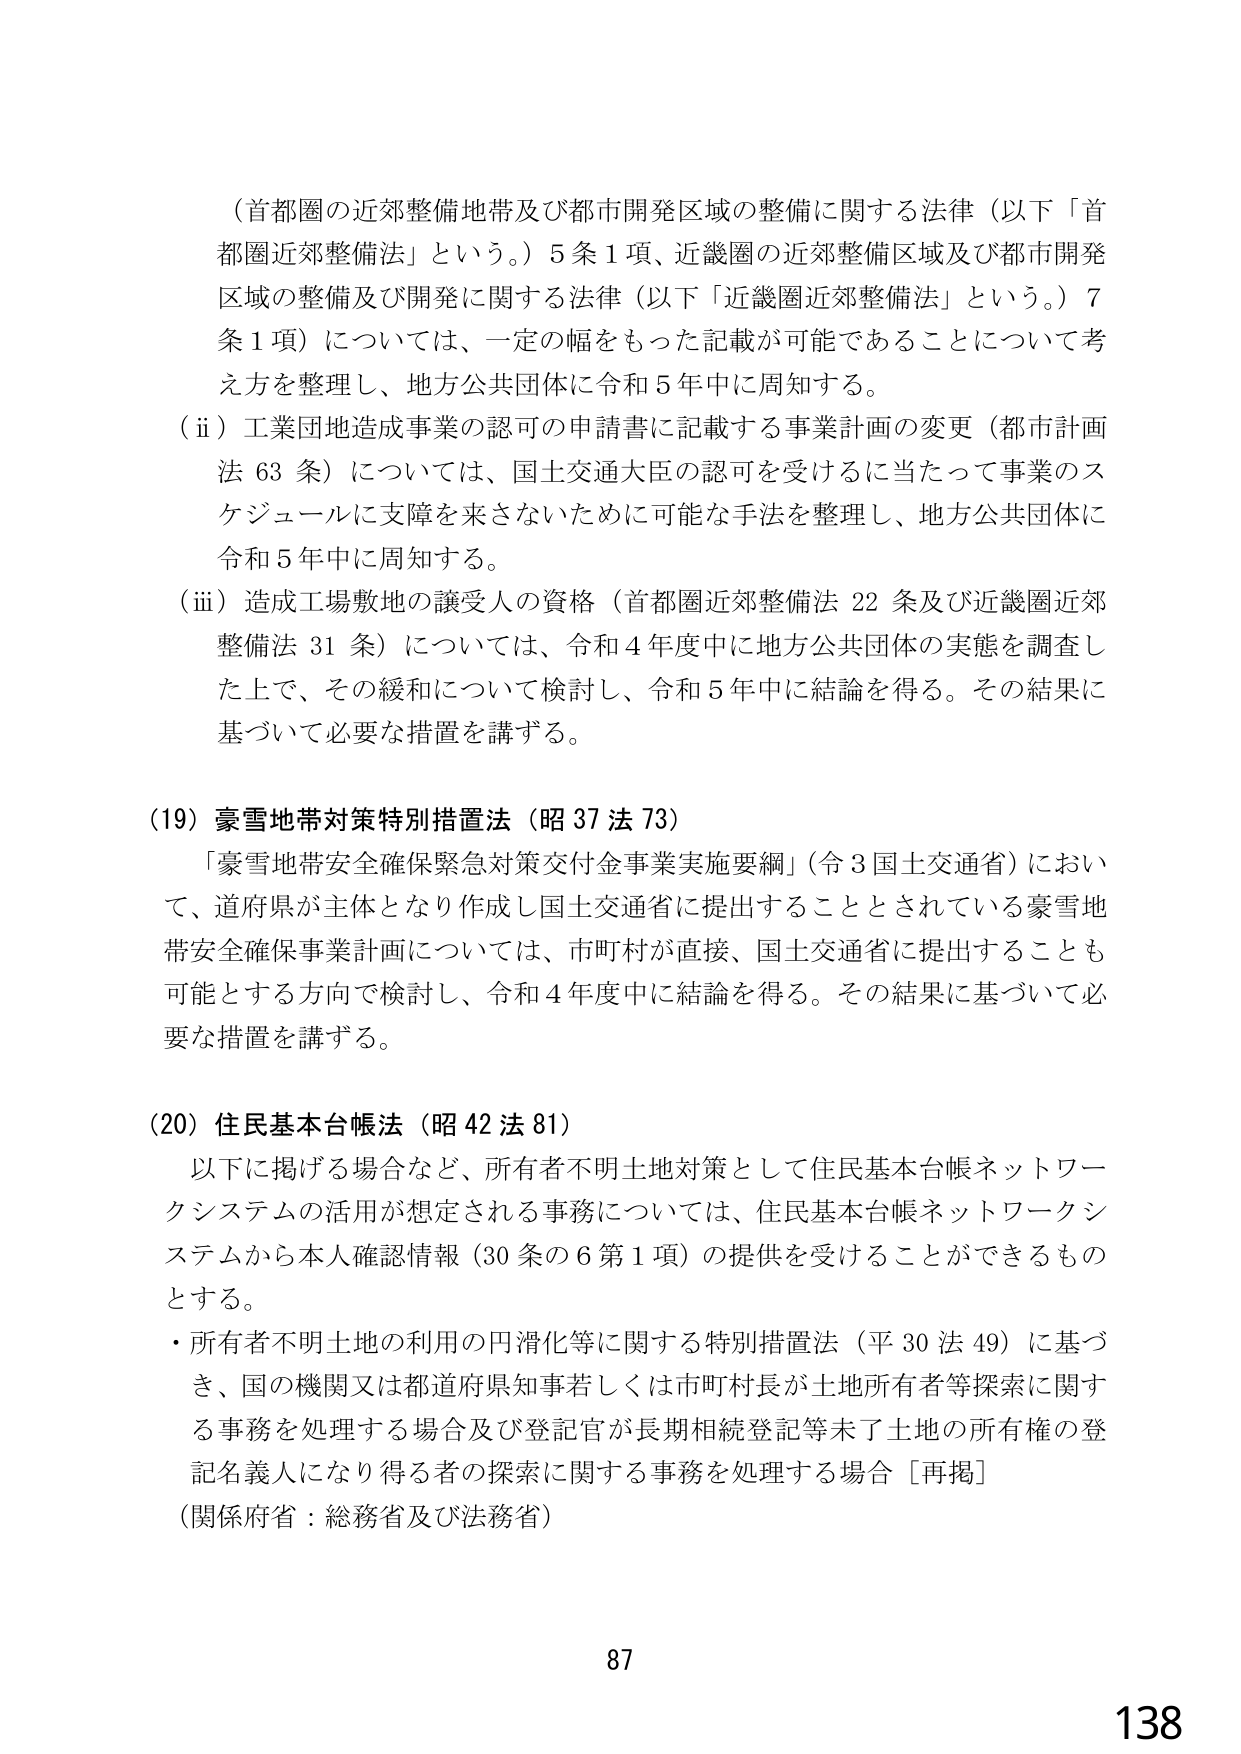
（首都圏の近郊整備地帯及び都市開発区域の整備に関する法律（以下「首都圏近郊整備法」という。）5条1項、近畿圏の近郊整備区域及び都市開発区域の整備及び開発に関する法律（以下「近畿圏近郊整備法」という。）7条1項）については、一定の幅をもった記載が可能であることについて考え方を整理し、地方公共団体に令和5年中に周知する。

（ii）工業団地造成事業の認可の申請書に記載する事業計画の変更（都市計画法63条）については、国土交通大臣の認可を受けるに当たって事業のスケジュールに支障を来さないために可能な手法を整理し、地方公共団体に令和5年中に周知する。

（iii）造成工場敷地の譲受人の資格（首都圏近郊整備法22条及び近畿圏近郊整備法31条）については、令和4年度中に地方公共団体の実態を調査した上で、その緩和について検討し、令和5年中に結論を得る。その結果に基づいて必要な措置を講ずる。

（19）豪雪地帯対策特別措置法（昭37法73）

「豪雪地帯安全確保緊急対策交付金事業実施要綱」（令3国土交通省）において、道府県が主体となり作成し国土交通省に提出することとされている豪雪地帯安全確保事業計画については、市町村が直接、国土交通省に提出することも可能とする方向で検討し、令和4年度中に結論を得る。その結果に基づいて必要な措置を講ずる。

（20）住民基本台帳法（昭42法81）

以下に掲げる場合など、所有者不明土地対策として住民基本台帳ネットワークシステムの活用が想定される事務については、住民基本台帳ネットワークシステムから本人確認情報（30条の6第1項）の提供を受けることができるものとする。

・所有者不明土地の利用の円滑化等に関する特別措置法（平30法49）に基づき、国の機関又は都道府県知事若しくは市町村長が土地所有者等探索に関する事務を処理する場合及び登記官が長期相続登記等未了土地の所有権の登記名義人になり得る者の探索に関する事務を処理する場合［再掲］

（関係府省：総務省及び法務省）

87

138